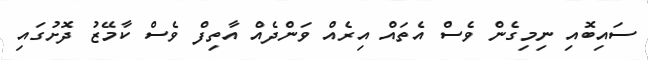
ސައިބޮއި ނިމިގެން ވެސް އެތައް އިރެއް ވަންދެއް އާތިފް ވެސް ކާމޭޒު ދޮށުގައި